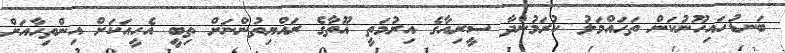
ބަނޑުހައިހޫނުކަން ތަހައްމަލު ކުރަމުންދާ ސީރިއާގެ އިރުމަތީ ޣޫތާގެ ރައްޔިތުންނަށް ތިބީ އެހީއަކަށް އިންތިހާއަށް